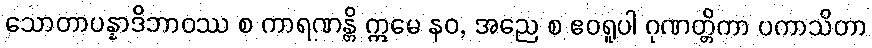
သောတာပန္နာဒိဘာဝဿ စ ကာရဏန္တိ ဣမေ နဝ, အညေ စ ဧဝရူပါ ဂုဏတ္တိကာ ပကာသိတာ